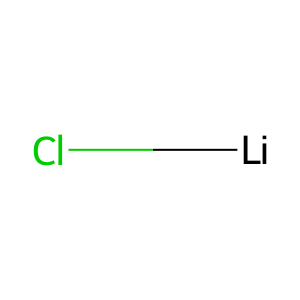
SMILES: [Li]Cl
Inhibits HIV replication: No